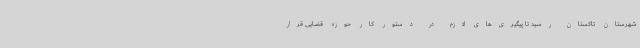
شهرستان تاکستان رسید تا پیگیری‌های لازم در دستور کار حوزه قضایی قرار